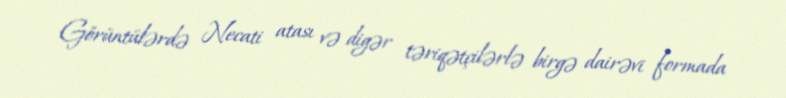
Görüntülərdə Necati atası və digər təriqətçilərlə birgə dairəvi formada